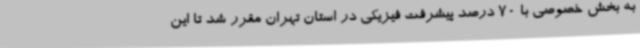
به بخش خصوصی با 70 درصد پیشرفت فیزیکی در استان تهران مقرر شد تا این